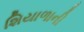
શિયાળાની